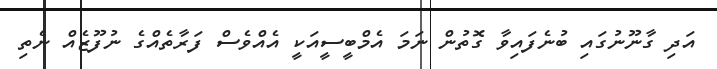
އަދި ގާނޫނުގައި ބުނެފައިވާ ގޮތުން ނަމަ އެމްބީސީއަކީ އެއްވެސް ފަރާތެއްގެ ނުފޫޒެއް ނެތި